Source: Handwritten
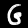
Digit: ၆ (6)